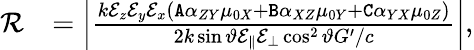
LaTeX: \begin{array}{rl}{\mathcal{R}}&{=\left|\frac{k\mathcal{E}_{z}\mathcal{E}_{y}\mathcal{E}_{x}(\mathtt{A}\alpha_{ZY}\mu_{0X}+\mathtt{B}\alpha_{XZ}\mu_{0Y}+\mathtt{C}\alpha_{YX}\mu_{0Z})}{2k\sin\vartheta\mathcal{E}_{\| }\mathcal{E}_{\bot}\cos^{2}\vartheta G^{\prime}/c}\right|,}\end{array}